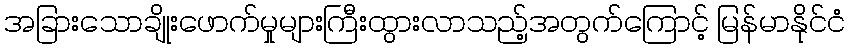
အခြားသောချိုးဖောက်မှုများကြီးထွားလာသည့်အတွက်ကြောင့် မြန်မာနိုင်ငံ